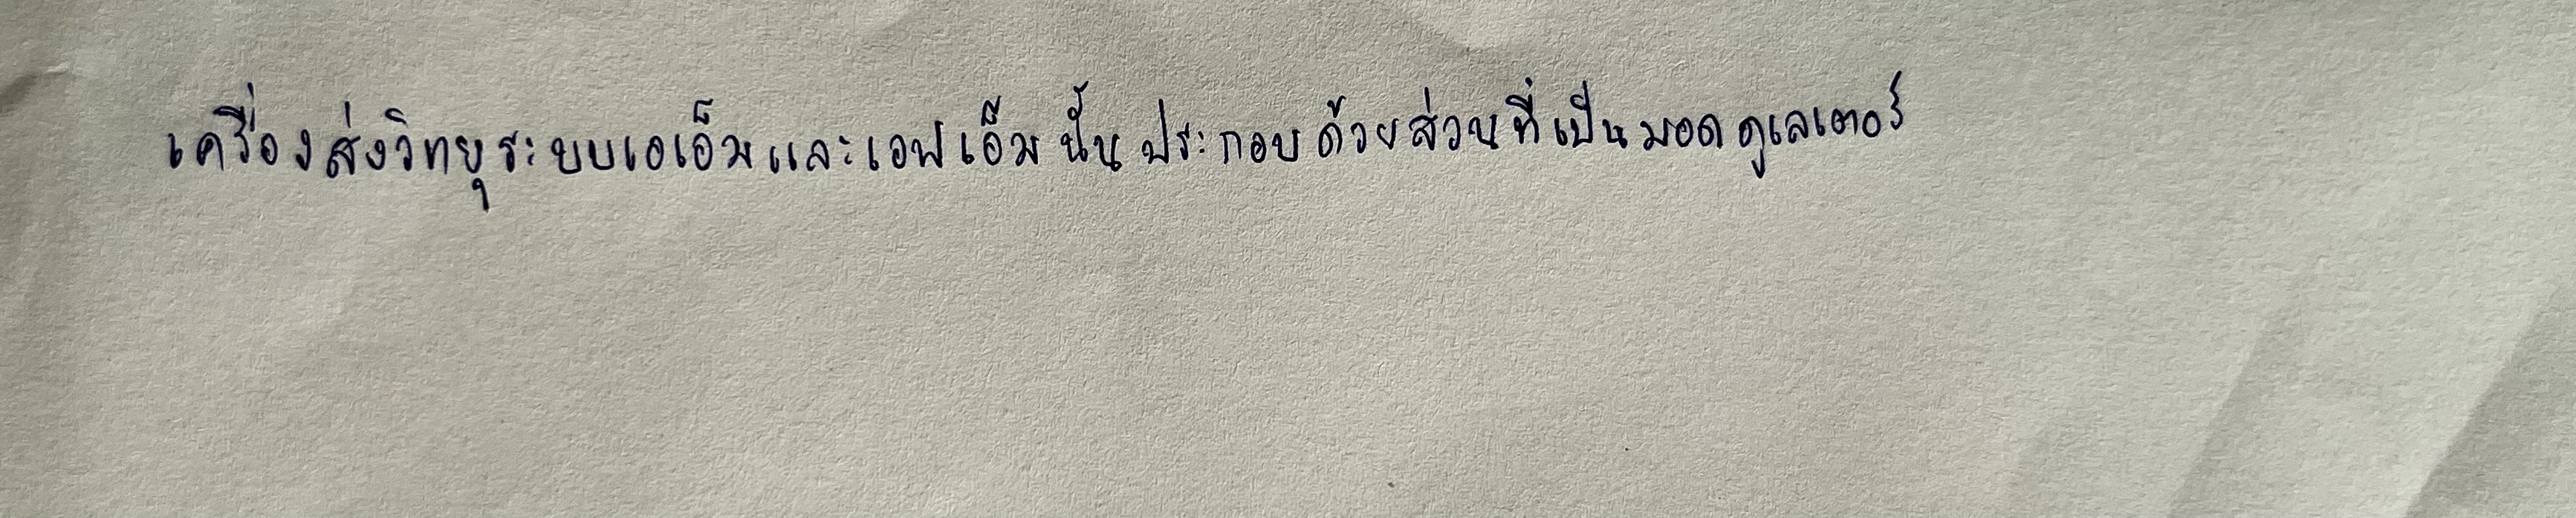
เครื่องส่งวิทยุระบบเอเอ็มและเอฟเอ็มนั้นประกอบด้วยส่วนที่เป็นมอดดูเลเตอร์